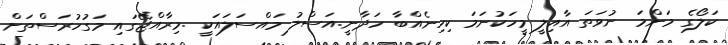
ކަލޯގެ މަންމަ ނުވަތަ އާއިލީ މީހަކުނަމަ ކިހިނެއްބާ ހަދާނީ.އަސްލު މައްސަލައަކީ .މިރާއްޖޭގައި މަގުހުރަސްތަށް